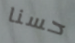
حسنا